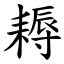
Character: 耨